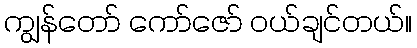
ကျွန်တော် ကော်ဇော် ဝယ်ချင်တယ်။